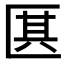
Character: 𠥊